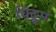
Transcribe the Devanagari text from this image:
विद्रुमं